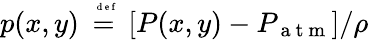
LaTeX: p(x,y)\stackrel{\mathrm{~\tiny~{~d~e~f~}~}}{=}[P(x,y)-P_{\mathrm{~a~t~m~}}]/\rho